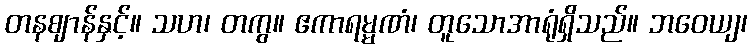
တနဈာန်နှင့်။ သဟ၊ တကွ။ ဧကာရမ္မဏံ၊ တူသောအာရုံရှိသည်။ ဘဝေယျ၊